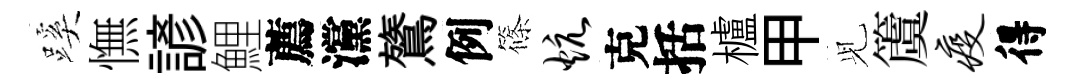
蹊憮諺鯉薦灙鷟例篠炕克括櫨甲𫤗𥵂疫得